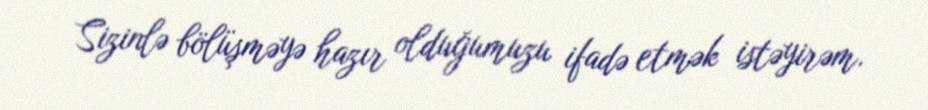
Sizinlə bölüşməyə hazır olduğumuzu ifadə etmək istəyirəm.